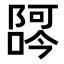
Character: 𫕖